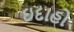
ઇદાહો